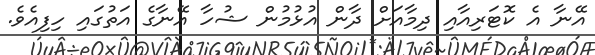
އޭނާ އެ ކޮޓަރިއާއި ދިމާއަށް ދާން އުޅުމުން ޝުހާ އޭނާގެ އަތުގައި ހިފިއެވެ.